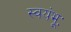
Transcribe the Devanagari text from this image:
स्वयंभूः